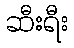
ဆီးရီး